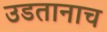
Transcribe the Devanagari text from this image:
उडतानाच